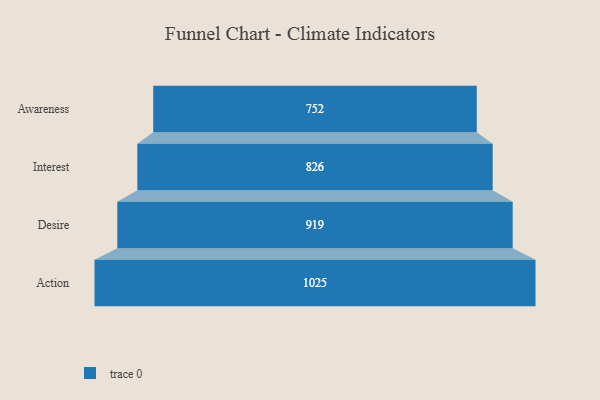
{"axis": {"x": "Stage", "y": "Value"}, "legend": [""], "data": [{"x": "Awareness", "y": 752.0, "type": ""}, {"x": "Interest", "y": 826.0, "type": ""}, {"x": "Desire", "y": 919.0, "type": ""}, {"x": "Action", "y": 1025.0, "type": ""}]}